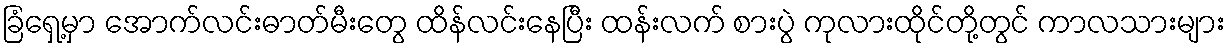
ခြံရှေ့မှာ အောက်လင်းဓာတ်မီးတွေ ထိန်လင်းနေပြီး ထန်းလက် စားပွဲ ကုလားထိုင်တို့တွင် ကာလသားများ